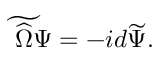
\widetilde { \widehat \Omega \Psi } = - i d \widetilde \Psi .